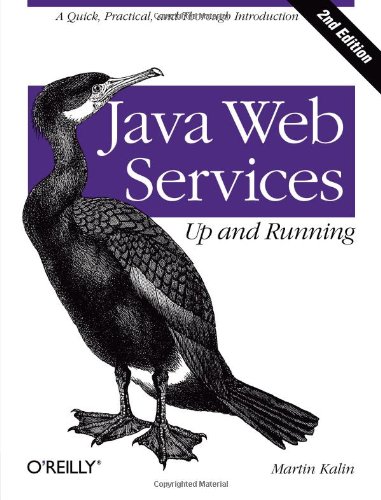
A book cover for Java Web Services: Up and Running; Martin Kalin; Computers & Technology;